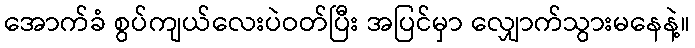
အောက်ခံ စွပ်ကျယ်လေးပဲဝတ်ပြီး အပြင်မှာ လျှောက်သွားမနေနဲ့။